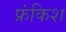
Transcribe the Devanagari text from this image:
फ्रंकिश